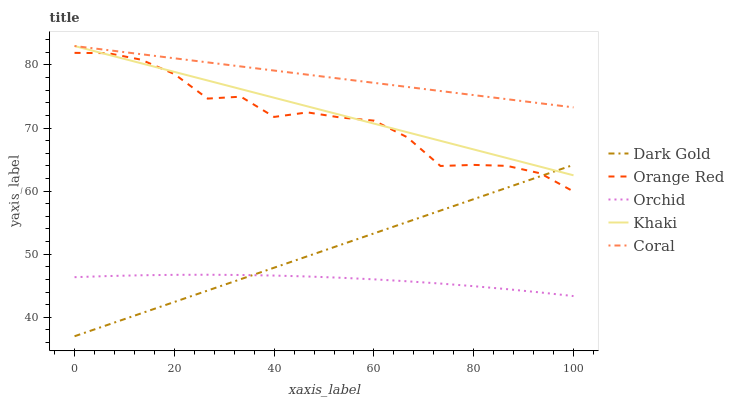
| xaxis_label | Dark Gold | Orange Red | Orchid | Khaki | Coral |
 | --- | --- | --- | --- | --- | --- |
 | 0 | 37 | 81.9 | 46.4 | 83 | 83 |
 | 6.67 | 38.8 | 81.9 | 46.5 | 81.6 | 82.4 |
 | 13.3 | 40.6 | 80.8 | 46.7 | 80.3 | 81.7 |
 | 20 | 42.4 | 78.6 | 46.7 | 78.9 | 81.1 |
 | 26.7 | 44.2 | 74.7 | 46.7 | 77.5 | 80.4 |
 | 33.3 | 46.1 | 75 | 46.7 | 76.2 | 79.8 |
 | 40 | 47.9 | 71.8 | 46.6 | 74.8 | 79.1 |
 | 46.7 | 49.7 | 72.5 | 46.5 | 73.4 | 78.5 |
 | 53.3 | 51.5 | 71.7 | 46.3 | 72.1 | 77.8 |
 | 60 | 53.3 | 71.2 | 46 | 70.7 | 77.2 |
 | 66.7 | 55.1 | 68.5 | 45.7 | 69.3 | 76.5 |
 | 73.3 | 56.9 | 64 | 45.4 | 68 | 75.9 |
 | 80 | 58.7 | 64.2 | 44.9 | 66.6 | 75.2 |
 | 86.7 | 60.5 | 64 | 44.5 | 65.2 | 74.6 |
 | 93.3 | 62.4 | 62.8 | 43.9 | 63.9 | 73.9 |
 | 100 | 64.2 | 59.9 | 43.4 | 62.5 | 73.3 |